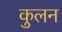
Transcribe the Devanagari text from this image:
कुलन